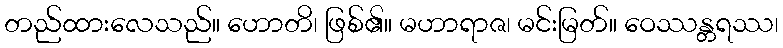
တည်ထားလေသည်။ ဟောတိ၊ ဖြစ်၏။ မဟာရာဇ၊ မင်းမြတ်။ ဝေဿန္တရဿ၊